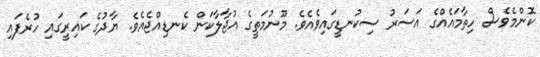
ކޮންމެވެސް ހިތާމައެއްގެ އަސަރު ސިކުނޑީގައިވެއެވެ. މޫނުމަތީގެ އުޖާލާކަން ކެނޑިއްޖެއެވެ. ޔާދުގެ ކައިރީގައި ހުރެފައި